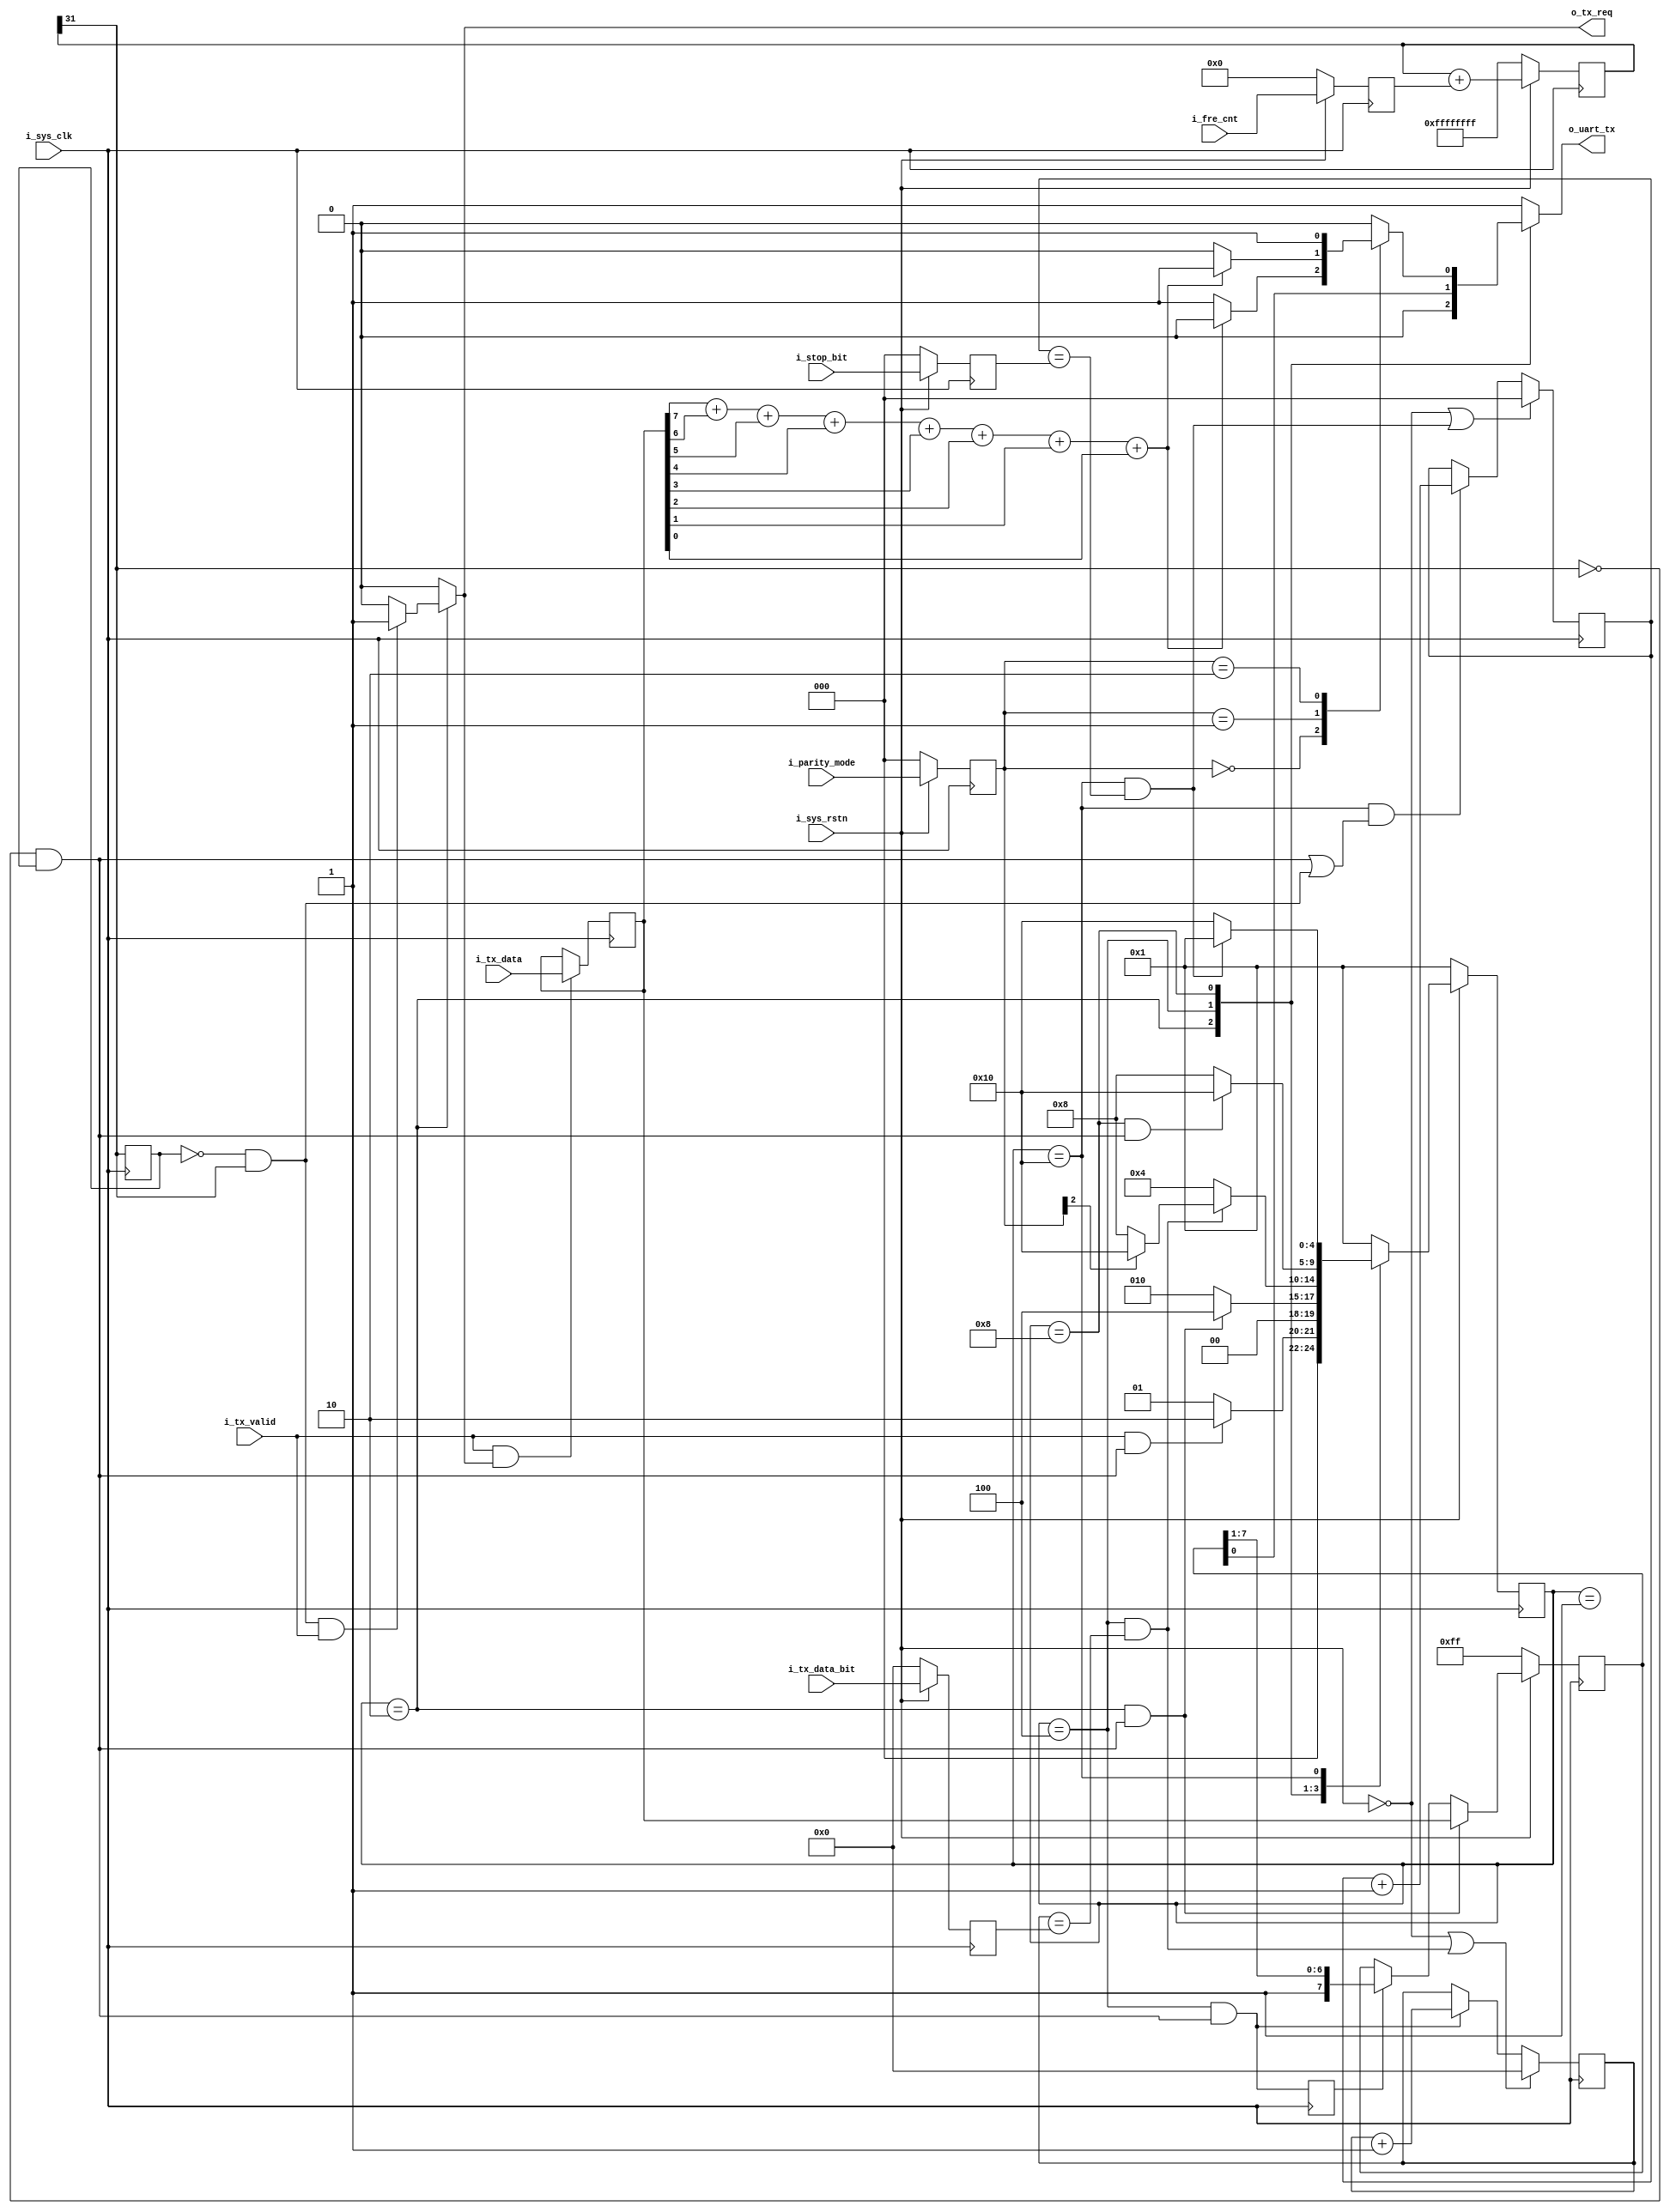
`timescale  1ns/1ps
module Uart_tx
(
    input                             i_sys_clk         ,
    input                             i_sys_rstn        ,

    input            [31:0]           i_fre_cnt         ,
    input            [3:0]            i_tx_data_bit     ,
    input            [2:0]            i_parity_mode     ,
    input            [2:0]            i_stop_bit        ,
    input            [7:0]            i_tx_data         ,
    input                             i_tx_valid        ,
    output    reg                     o_tx_req          ,
    output    reg                     o_uart_tx
);
    localparam        S_IDLE             = 5'h01;
    localparam        S_START            = 5'h02;
    localparam        S_DATA             = 5'h04;
    localparam        S_PARITY           = 5'h08;
    localparam        S_STOP             = 5'h10;

    reg                [31:0]           r_fre_cnt        ;
    reg                [3:0]            r_tx_data_bit    ;
    reg                [2:0]            r_parity_mode    ;
    reg                [2:0]            r_stop_bit       ;
    reg                [31:0]           r_fre_sum        ;
    reg                                 r_baud_fre       ;
    reg                [4:0]            r_cur_state      ;
    reg                [4:0]            r_next_state     ;
    reg                [7:0]            r_uart_tx_data   ;
    reg                [7:0]            r_tx_data        ;
    reg                [3:0]            r_cnt_tx_bit     ;
    reg                [2:0]            r_cnt_stop_bit   ;
    reg                                 r_parity         ;
    reg                                 r_tx_data_en     ;
    wire                                w_baud_pos       ;
    wire                                w_baud_neg       ;
    wire                                w_tx_start_en    ;
    wire                                w_tx_data_en     ;
    wire                                w_tx_data_end    ;
    wire                                w_parity_end     ;
    wire                                w_tx_stop_en     ;
    wire                                w_tx_stop_end    ;


    function oneadd;
        input    [7:0]    i_data;
        begin
            oneadd = i_data[7] + i_data[6] + i_data[5] + i_data[4] + i_data[3] + i_data[2] + i_data[1] + i_data[0];
        end
    endfunction
/******************************************************************************\
Synchronous signal
\******************************************************************************/
    always@(posedge i_sys_clk)
    begin
        if(~i_sys_rstn)
        begin
            r_fre_cnt        <= 'd0;
            r_tx_data_bit    <= 'd0;
            r_parity_mode    <= 'd0;
            r_stop_bit       <= 'd0;
        end
        else
        begin
            r_fre_cnt        <= i_fre_cnt     ;
            r_tx_data_bit    <= i_tx_data_bit ;
            r_parity_mode    <= i_parity_mode ;
            r_stop_bit       <= i_stop_bit    ;
        end
    end
/******************************************************************************\
Generate sample baud rate signal
\******************************************************************************/
    always@(posedge i_sys_clk)
    begin
        if(~i_sys_rstn)
        begin
            r_fre_sum <= 32'hffffffff;
        end
        else
        begin
            r_fre_sum <= r_fre_sum + r_fre_cnt;
        end
    end
    always@(posedge i_sys_clk)
    begin
        r_baud_fre <= r_fre_sum[31];
    end

    assign w_baud_pos = ~r_baud_fre    & r_fre_sum[31];
    assign w_baud_neg = ~r_fre_sum[31] & r_baud_fre   ;

/******************************************************************************\
State machine
\******************************************************************************/
    always@(posedge i_sys_clk)
    begin
        if(~i_sys_rstn)
        begin
            r_cur_state <= S_IDLE;
        end
        else
        begin
            r_cur_state <= r_next_state;
        end
    end

    always@(*)
    begin
        r_next_state = 'd1;
        case(r_cur_state)
            S_IDLE:
                    begin
                        if(i_tx_valid & w_baud_neg)
                        begin
                            r_next_state = S_START;
                        end
                        else
                        begin
                            r_next_state = S_IDLE;
                        end
                    end
            S_START:
                    begin
                        if(w_tx_start_en)
                        begin
                            r_next_state = S_DATA;
                        end
                        else
                        begin
                            r_next_state = S_START;
                        end
                    end
            S_DATA:
                    begin
                        if(w_tx_data_end)
                        begin
                            if(r_parity_mode[2])
                            begin
                                r_next_state = S_STOP;
                            end
                            else
                            begin
                                r_next_state = S_PARITY;
                            end
                        end
                        else
                        begin
                            r_next_state = S_DATA;
                        end
                    end
            S_PARITY:
                    begin
                        if(w_parity_end)
                        begin
                            r_next_state = S_STOP;
                        end
                        else
                        begin
                            r_next_state = S_PARITY;
                        end
                    end
            S_STOP:
                    begin
                        if(w_tx_stop_end)
                        begin
                            r_next_state = S_IDLE;
                        end
                        else
                        begin
                            r_next_state = S_STOP;
                        end
                    end
            default: r_next_state = S_IDLE;
        endcase
    end

/******************************************************************************\
Uart tx data
\******************************************************************************/
    assign w_tx_start_en    = (r_cur_state == S_START) & w_baud_neg;
    assign w_tx_data_en     = (r_cur_state == S_DATA) & w_baud_neg;
    assign w_tx_data_end    = (r_cur_state == S_DATA) & (r_cnt_tx_bit == r_tx_data_bit);
    assign w_parity_end     = (r_cur_state == S_PARITY) & w_baud_neg;
    assign w_tx_stop_en     = (r_cur_state == S_STOP) & (w_baud_neg | w_baud_pos);
    assign w_tx_stop_end    = (r_cur_state == S_STOP) & (r_cnt_stop_bit == r_stop_bit);

    always@(posedge i_sys_clk)
    begin
        r_tx_data_en <= w_tx_data_en;
    end

    always@(posedge i_sys_clk)
    begin
        if(~i_sys_rstn)
        begin
            r_uart_tx_data <= 8'hff;
        end
        else if(w_tx_start_en)
        begin
            r_uart_tx_data <= r_tx_data;
        end
        else if(r_tx_data_en)
        begin
            r_uart_tx_data <= {1'b1,r_uart_tx_data[7:1]};
        end
    end

    always@(posedge i_sys_clk)
    begin
        if(~i_sys_rstn | w_tx_data_end)
        begin
            r_cnt_tx_bit <= 'd0;
        end
        else if(w_tx_data_en)
        begin
            r_cnt_tx_bit <= r_cnt_tx_bit + 1'b1;
        end
    end

    always@(posedge i_sys_clk)
    begin
        if(~i_sys_rstn | w_tx_stop_end)
        begin
            r_cnt_stop_bit <= 'd0;
        end
        else if(w_tx_stop_en)
        begin
            r_cnt_stop_bit <= r_cnt_stop_bit + 1'b1;
        end
    end

    always@(*)
    begin
        case(r_cur_state)
            S_START:
                if(w_baud_pos & i_tx_valid)
                    o_tx_req = 1'b1;
                else
                    o_tx_req = 1'b0;
            default:
                    o_tx_req = 1'b0;
        endcase
    end
    assign w_deal_en = i_tx_valid & o_tx_req;

/******************************************************************************\
Uart tx parity
\******************************************************************************/
    always@(posedge i_sys_clk)
    begin
        if(w_deal_en)
        begin
            r_tx_data <= i_tx_data;
        end
    end

    always@(*)
    begin
        case(r_parity_mode)
            3'd0        : r_parity = oneadd(r_tx_data) ? 1'b0 : 1'b1;                    //Odd parity
            3'd1        : r_parity = oneadd(r_tx_data) ? 1'b1 : 1'b0;                    //Even parity
            3'd2        : r_parity = 'd1;                                                //Mark parity
            3'd3        : r_parity = 'd0;                                                //Space parity
            default     : r_parity = 'd0;                                                //No parity
        endcase
    end
/******************************************************************************\
Uart tx serial port
\******************************************************************************/
    always@(*)
    begin
        case(r_cur_state)
            S_START       : o_uart_tx = 'd0;
            S_DATA        : o_uart_tx = r_uart_tx_data[0];
            S_PARITY      : o_uart_tx = r_parity;
            S_STOP        : o_uart_tx = 'd1;
            default       : o_uart_tx = 'd1;
        endcase
    end

endmodule